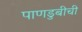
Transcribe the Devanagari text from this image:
पाणडुबीची